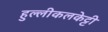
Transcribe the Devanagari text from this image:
हुल्लीकलकेट्टी